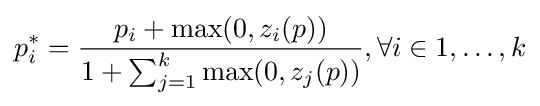
p_{i}^{*}={\frac {p_{i}+\max(0,z_{i}(p))}{1+\sum _{j=1}^{k}\max(0,z_{j}(p))}},\forall i\in 1,\dots ,k